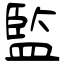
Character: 監